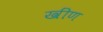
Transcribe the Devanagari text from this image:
खींण